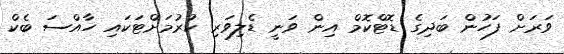
ވަރަށް ފަހުން ބަދިގެ ޑޮޓްކޮމް އިން ވަނީ ޑެލިވަރި ކުރުމަށްޓަކައި ހާއްސަ ބެކް